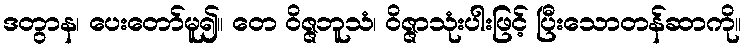
ဒတွာန၊ ပေးတော်မူ၍။ တေ ဝိဇ္ဇဘူသံ၊ ဝိဇ္ဇာသုံးပါးဖြင့် ပြီးသောတန်ဆာကို။